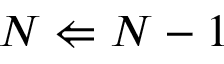
N \Leftarrow N - 1